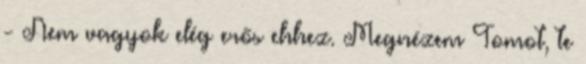
- Nem vagyok elég erős ehhez. Megnézem Tomot, te